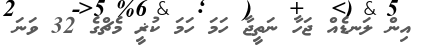
އިން ލަނޑެއް ޖަހާ ނަތީޖާ ހަމަ ހަމަ ކުޜީ މެޗްގެ 32 ވަނަ